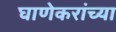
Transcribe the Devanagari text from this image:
घाणेकरांच्या